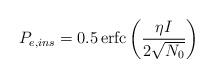
\begin{align*}{{P}_{e,ins}}=0.5\operatorname{erfc}\left( \frac{\eta I}{2\sqrt{{{N}_{0}}}} \right)\end{align*}